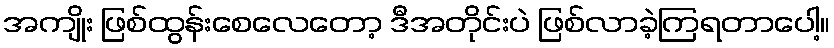
အကျိုး ဖြစ်ထွန်းစေလေတော့ ဒီအတိုင်းပဲ ဖြစ်လာခဲ့ကြရတာပေါ့။